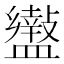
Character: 𥃍